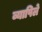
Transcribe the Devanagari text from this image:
व्यापिले